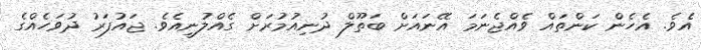
އެވެ. އެހެން ކަންތައް ވެއްޖެނަމަ އޭނައަށް ބަތޫލް ދުނިއުމުރަށް ގެއްލުނީއެވެ. ޖައުފަރު ދުވަހެއްގެ